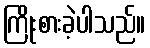
ကြိုးစားခဲ့ပါသည်။